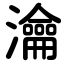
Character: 瀹